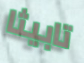
تابيثا